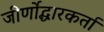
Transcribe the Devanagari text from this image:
जीर्णोद्धारकर्ता